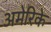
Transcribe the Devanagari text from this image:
अमेरिके